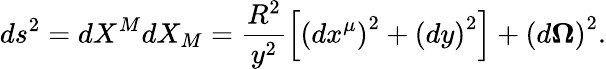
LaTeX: ds^{2}=dX^{M}dX_{M}=\frac{R^{2}}{y^{2}}\left[\left(dx^{\mu}\right)^{2}+\left(dy\right)^{2}\right]+\left(d\mathbf{\Omega}\right)^{2}.